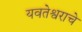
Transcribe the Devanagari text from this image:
यवतेश्वराचे